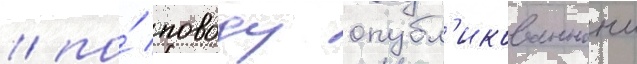
/ по́ поводу опубл'икованнои